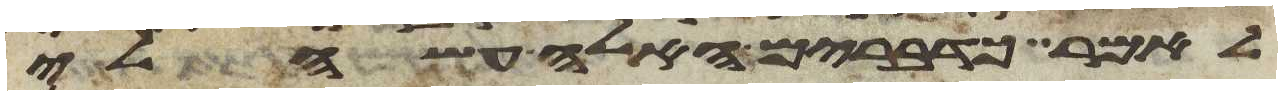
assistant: לאמר כדברים האלה עשה לי